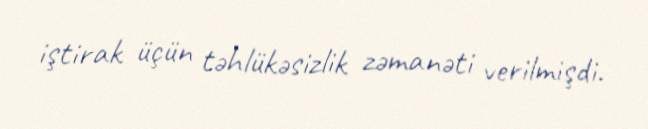
iştirak üçün təhlükəsizlik zəmanəti verilmişdi.